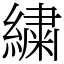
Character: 繍